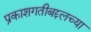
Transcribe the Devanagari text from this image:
प्रकाशगतीबद्दलच्या